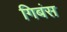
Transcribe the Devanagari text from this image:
गिबंस